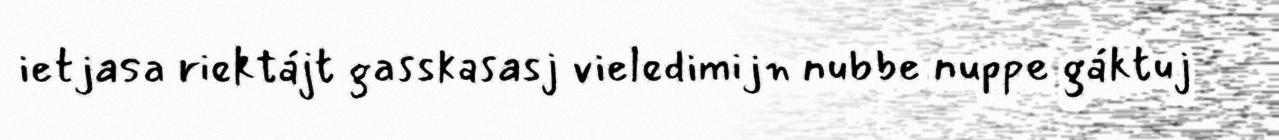
ietjasa riektájt gasskasasj vieledimijn nubbe nuppe gáktuj